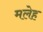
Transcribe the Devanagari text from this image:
मलेह